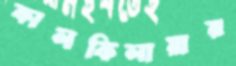
কালকিলায়ার